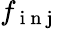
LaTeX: f_{\mathrm{~i~n~j~}}